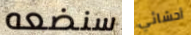
سنضعه أحشائي